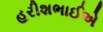
હરીશભાઈએ